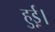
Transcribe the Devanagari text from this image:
हुई़़।